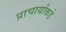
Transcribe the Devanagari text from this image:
प्राचार्यांकडे